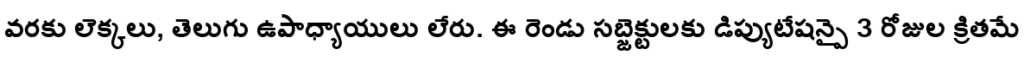
వరకు లెక్కలు, తెలుగు ఉపాధ్యాయులు లేరు. ఈ రెండు సబ్జెక్టులకు డిప్యుటేషన్పై 3 రోజుల క్రితమే